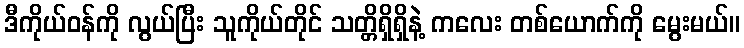
ဒီကိုယ်ဝန်ကို လွယ်ပြီး သူကိုယ်တိုင် သတ္တိရှိရှိနဲ့ ကလေး တစ်ယောက်ကို မွေးမယ်။